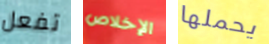
تفعل الإخلاص يحملها